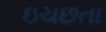
ઇચછતા